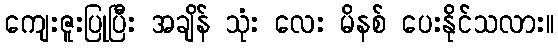
ကျေးဇူးပြုပြီး အချိန် သုံး လေး မိနစ် ပေးနိုင်သလား။